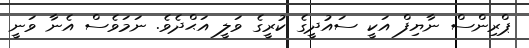
ޕްރިންސް ނާޔިފް އަކީ ސައުދީގެ ކުރީގެ ވަލީ އަޙްދެވެ. ނަމަވެސް އެނާ ވަނީ